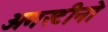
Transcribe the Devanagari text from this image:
अगस्टीनो